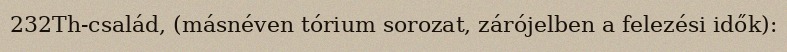
232Th-család, (másnéven tórium sorozat, zárójelben a felezési idők):